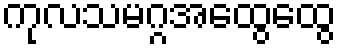
ကုလသမဂ္ဂအထွေထွေ